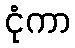
ငုံကာ